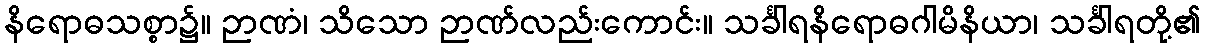
နိရောဓသစ္စာ၌။ ဉာဏံ၊ သိသော ဉာဏ်လည်းကောင်း။ သင်္ခါရနိရောဓဂါမိနိယာ၊ သင်္ခါရတို့၏